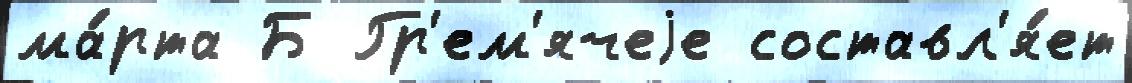
ма́рта Б Гр'ем'ячеjе составл'я́ет